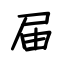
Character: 届